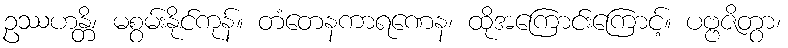
ဥဿဟန္တိ၊ မစွမ်းနိုင်ကုန်။ တံတေနကာရဏေန၊ ထိုအကြောင်းကြောင့်။ ပဗ္ဗဇိတွာ၊